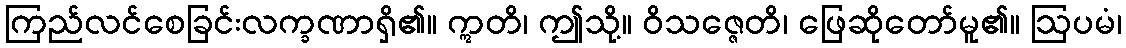
ကြည်လင်စေခြင်းလက္ခဏာရှိ၏။ ဣတိ၊ ဤသို့။ ဝိသဇ္ဇေတိ၊ ဖြေဆိုတော်မူ၏။ ဩပမံ၊